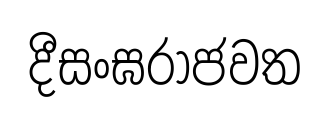
දීසංඝරාජවත